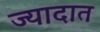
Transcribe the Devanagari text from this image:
ज्यादात